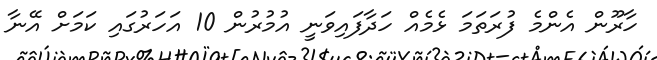
ހާރޫން އެންމެ ފުރަތަމަ ޅެމެއް ހަދާފައިވަނީ އުމުރުން 10 އަހަރުގައި ކަމަށް އޭނާ